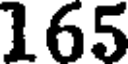
165